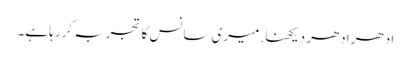
ادھر ادھر دیکھنا. میری سانس کا تجربہ کر رہا ہے۔